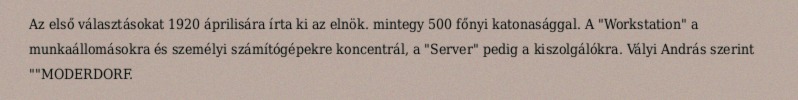
Az első választásokat 1920 áprilisára írta ki az elnök. mintegy 500 főnyi katonasággal. A "Workstation" a munkaállomásokra és személyi számítógépekre koncentrál, a "Server" pedig a kiszolgálókra. Vályi András szerint ""MODERDORF.